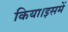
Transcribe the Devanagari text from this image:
किया।इसमें